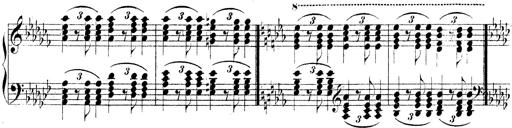
Title: Technische Studien
Composer: Franz Liszt